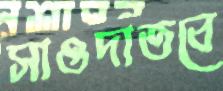
সাওদাতবে